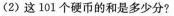
(2)这101个硬币的和是多少分？